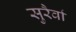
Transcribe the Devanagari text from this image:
सुरैर्वा